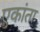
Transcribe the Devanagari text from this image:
एकांता